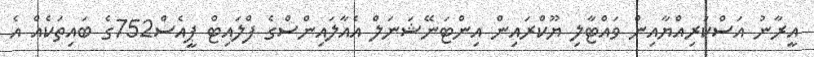
އީރާނު އަސްކަރިއްޔާއިން ވައްޓާލި ޔޫކްރައިން އިންޓަނޭޝަނަލް އެއާލައިންސްގެ ފްލައިޓް ޕީއެސް752ގެ ބައިތަކެއް އެ